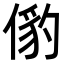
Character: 𬿅